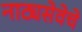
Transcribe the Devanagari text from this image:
नाट्यसेवेचे